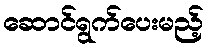
ဆောင်ရွက်ပေးမည့်